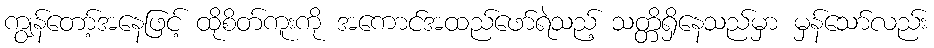
ကျွန်တော့်အနေဖြင့် ထိုစိတ်ကူးကို အကောင်အထည်ဖော်ရဲသည့် သတ္တိရှိနေသည်မှာ မှန်သော်လည်း